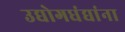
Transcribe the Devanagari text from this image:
उद्योगधंद्यांना